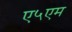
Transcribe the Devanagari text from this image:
ए५एम